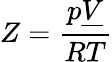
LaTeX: Z={\frac{p{\underline{{V}}}}{RT}}